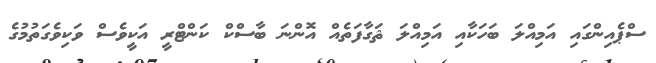
ސްޕެއިންގައި އަމިއްލަ ބަހަކާއި އަމިއްލަ ޘަގާފަތެއް އޮންނަ ބާސްކް ކަންޓްރީ އަކީވެސް ވަކިވެގަތުމުގެ